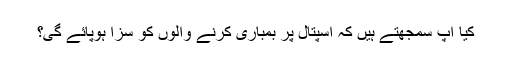
کیا آپ سمجھتے ہیں کہ اسپتال پر بمباری کرنے والوں کو سزا ہوپائے گی؟